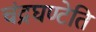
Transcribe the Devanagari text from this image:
चंद्रघण्टेति